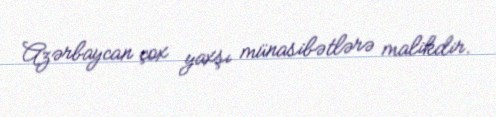
Azərbaycan çox yaxşı münasibətlərə malikdir.